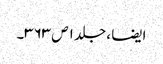
ایضا ، جلد ۱ ص ۳۶۳۔